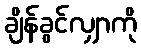
ချိန်ခွင်လျှာကို